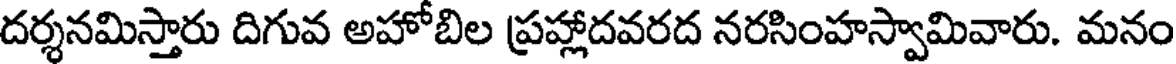
దర్శనమిస్తారు దిగువ అహోబిల ప్రహ్లాదవరద నరసింహస్వామివారు. మనం